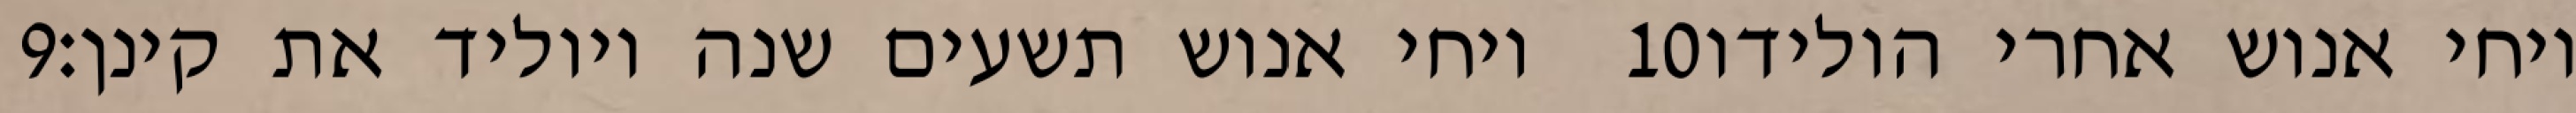
‎9‏ ויחי אנוש תשעים שנה ויוליד את קינן׃ ‎10‏ ויחי אנוש אחרי הולידו